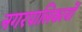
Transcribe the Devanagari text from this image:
नगरपालिकायों